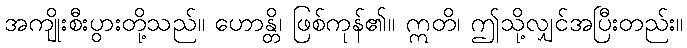
အကျိုးစီးပွားတို့သည်။ ဟောန္တိ၊ ဖြစ်ကုန်၏။ ဣတိ၊ ဤသို့လျှင်အပြီးတည်း။